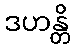
ဒဟန္တိ